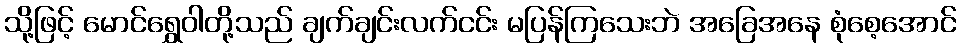
သို့ဖြင့် မောင်ရွှေဝါတို့သည် ချက်ချင်းလက်ငင်း မပြန်ကြသေးဘဲ အခြေအနေ စုံစေ့အောင်